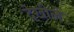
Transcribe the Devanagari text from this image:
देखीले